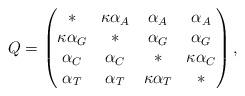
LaTeX: \begin{align*}Q=\left(\begin{matrix}\ast & \kappa\alpha_A & \alpha_A & \alpha_A \\\kappa\alpha_G & \ast & \alpha_G & \alpha_G \\\alpha_C & \alpha_C & \ast & \kappa\alpha_C \\\alpha_T & \alpha_T & \kappa\alpha_T & \ast\end{matrix}\right),\end{align*}